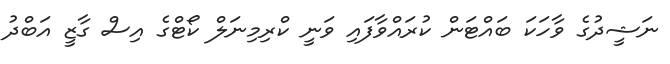
ނަޝީދުގެ ވާހަކަ ބައްޓަން ކުރައްވާފައި ވަނީ ކްރިމިނަލް ކޯޓްގެ އިސް ގާޒީ އަބްދު